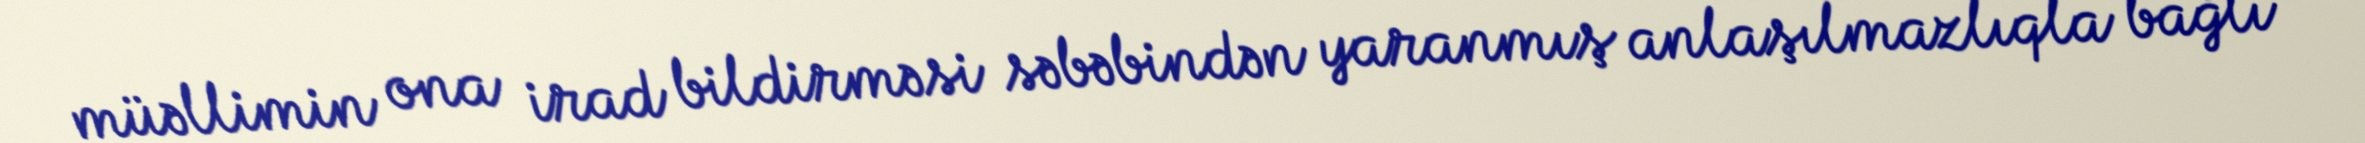
müəllimin ona irad bildirməsi səbəbindən yaranmış anlaşılmazlıqla bağlı